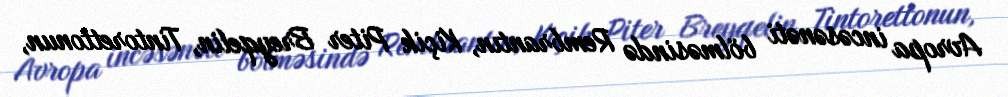
Avropa incəsənəti bölməsində Rembrantın, Kiçik Piter Breyqelin, Tintorettonun,